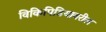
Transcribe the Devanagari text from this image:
विकिपिडियावरील